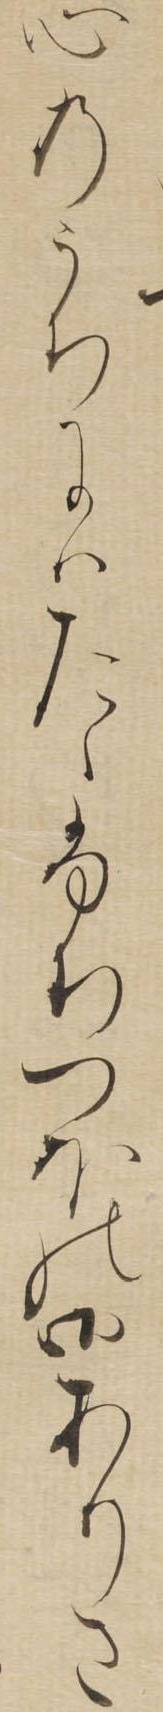
心のうちにはたゝふちつほの御ありさ